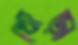
থোড়া